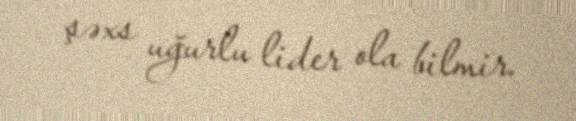
şəxs uğurlu lider ola bilmir.